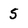
Character: S